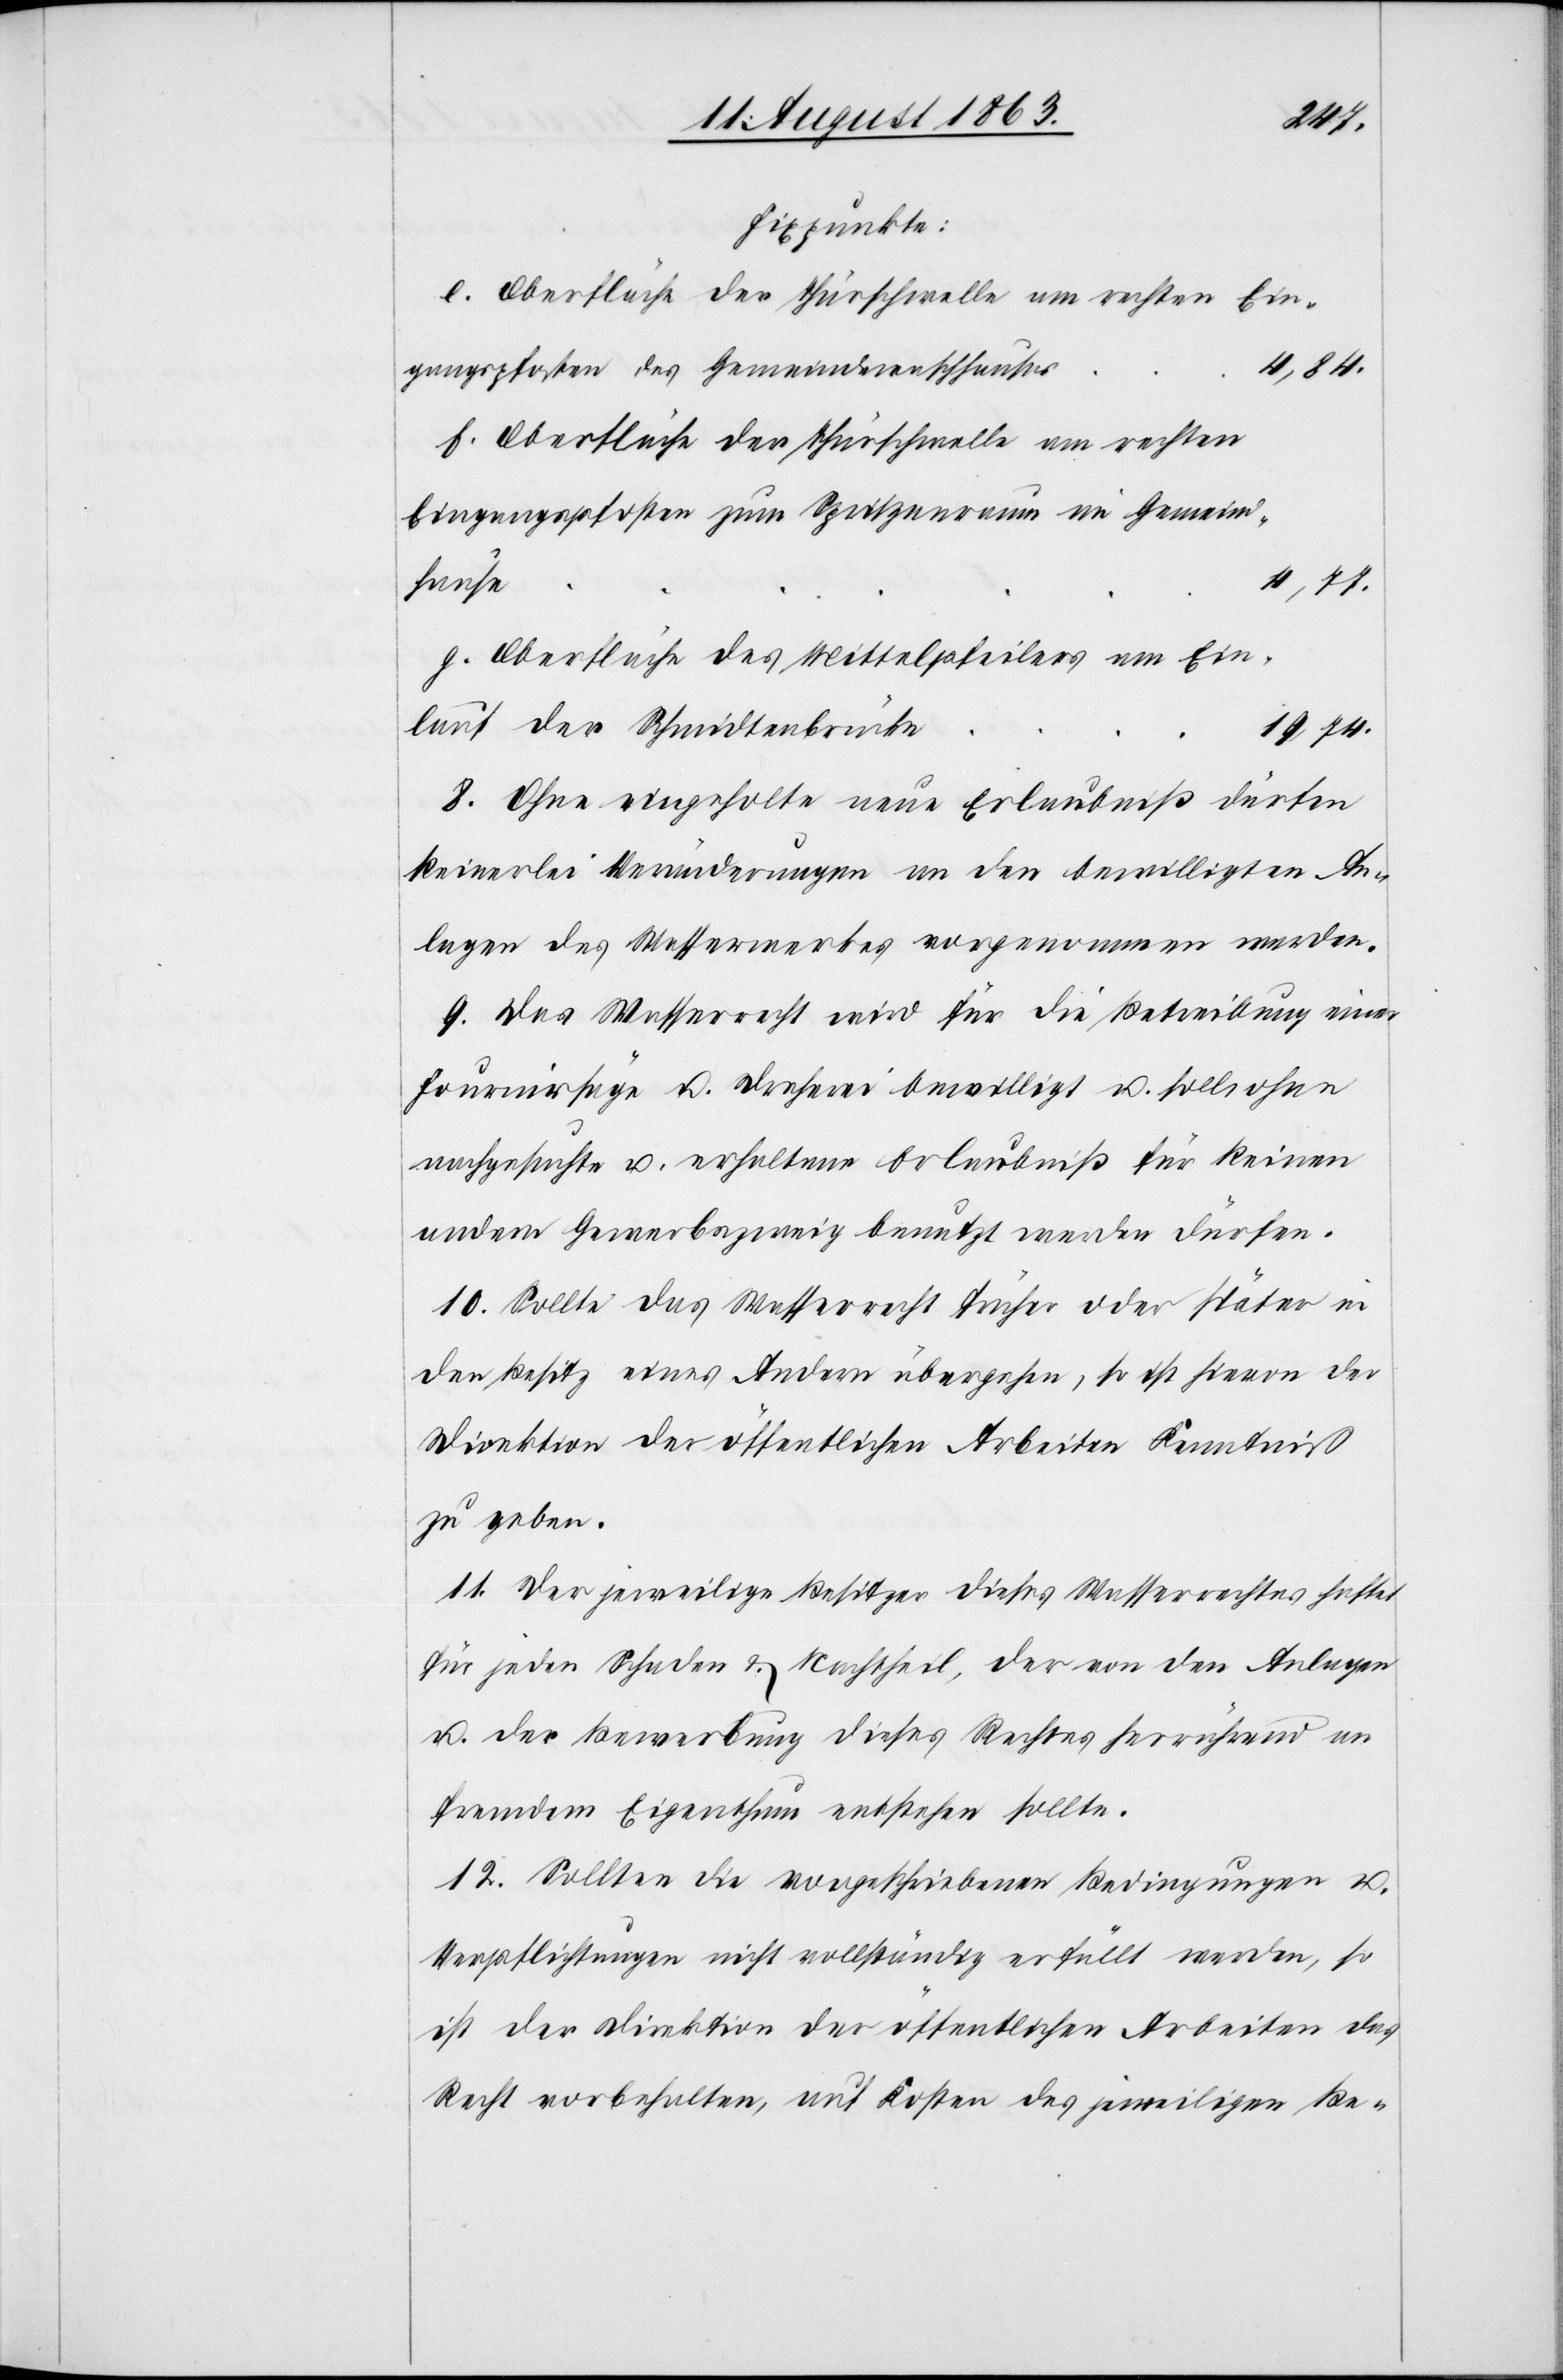
Fixpunkte
Oberfläche der Thürschwelle am rechten Ein¬
gangspfosten des Gemeindewaschhauses
f.
4,84.
Oberfläche der Thürschwelle am rechten
Eingangspfosten zum Spritzenraum im Gemeind¬
hause
4,77.
Oberfläche des Mittelpfeilers am Ein¬
lauf der Schmidtenbrücke
19.74.
8. Ohne eingeholte neue Erlaubniß dürfen
keinerlei Veränderungen an den bewilligten An¬
lagen des Wasserwerkes vorgenommen werden.
9. Das Wasserrecht wird für die Betreibung einer
Fournirsäge u. Dreherei bewilligt u. soll ohne
nachgesuchte u. erhaltene Erlaubniß für keinen
andern Gewerbszweig benutzt werden dürfen.
10. Sollte das Wasserrecht früher oder später in
den Besitz eines Andern übergehen, so ist hievon der
Direktion der öffentlichen Arbeiten Kenntniß
zu geben.
11. Der jeweilige Besitzer dieses Wasserrechtes haftet
für jeden Schaden & Nachtheil, der von den Anlagen
u. der Bewerbung dieses Rechtes herrührend an
fremdem Eigenthum entstehen sollte.
12. Sollten die vorgeschriebenen Bedingungen u.
Verpflichtungen nicht vollständig erfüllt werden, so
ist der Direktion der öffentlichen Arbeiten das
Recht vorbehalten, auf Kosten des jeweiligen Be-